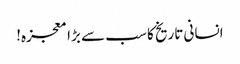
انسانی تاریخ کا سب سے بڑا معجزہ!